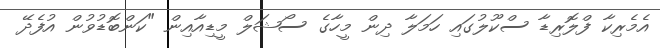
އެމެރިކާ ފްލޮރިޑާ ސްކޫލުގައި ހަމަލާ ދިން މީހާގެ ސޯޝަލް މީޑިއާއިން "ކަންބޮޑުވުން އުފެދޭ